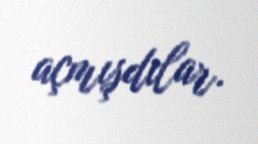
açmışdılar.